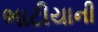
ભાટીયાની